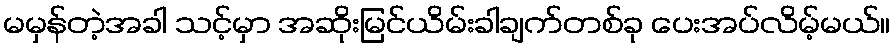
မမှန်တဲ့အခါ သင့်မှာ အဆိုးမြင်ယိမ်းခါချက်တစ်ခု ပေးအပ်လိမ့်မယ်။